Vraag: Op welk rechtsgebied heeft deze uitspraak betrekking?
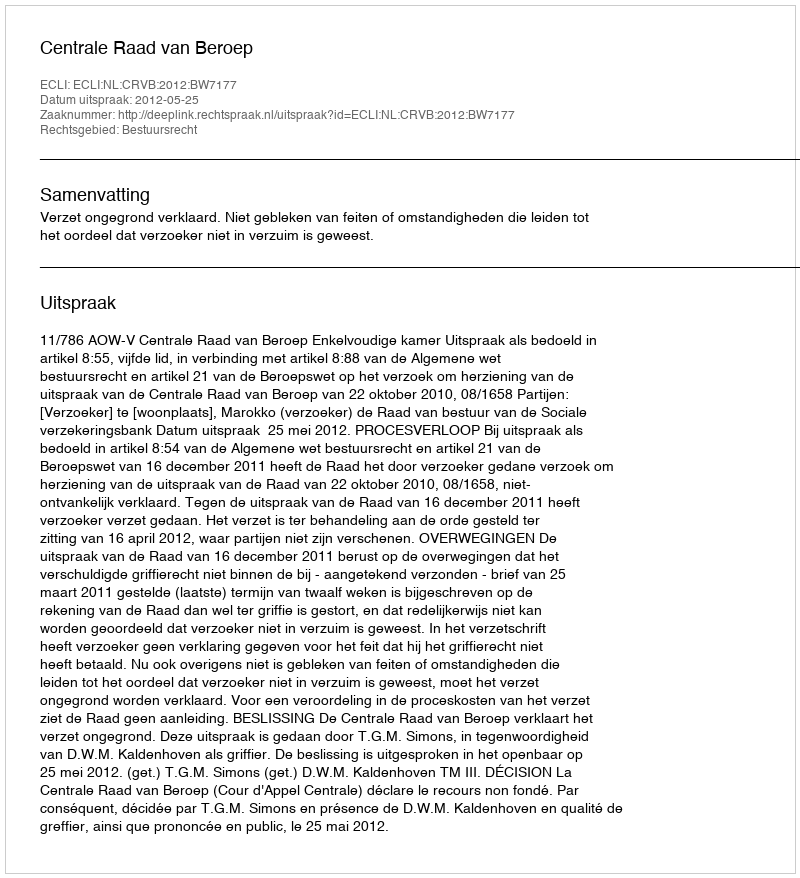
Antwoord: Bestuursrecht